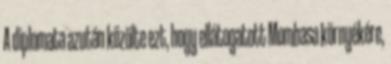
A diplomata azután közölte ezt, hogy ellátogatott Mombasa környékére,